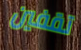
تقفين